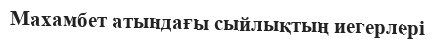
Махамбет атындағы сыйлықтың иегерлері